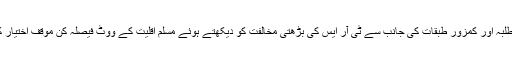
ورنگل میں طلبہ اور کمزور طبقات کی جانب سے ٹی آر ایس کی بڑھتی مخالفت کو دیکھتے ہوئے مسلم اقلیت کے ووٹ فیصلہ کن موقف اختیار کرچکے ہیں۔